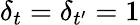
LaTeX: \delta_{t}=\delta_{t^{\prime}}=1